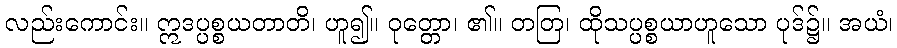
လည်းကောင်း။ ဣဒပ္ပစ္စယတာတိ၊ ဟူ၍။ ဝုတ္တော၊ ၏။ တတြ၊ ထိုသပ္ပစ္စယာဟူသော ပုဒ်၌။ အယံ၊